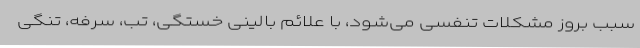
سبب بروز مشکلات تنفسی می‌شود، با علائم بالینی خستگی، تب، سرفه، تنگی